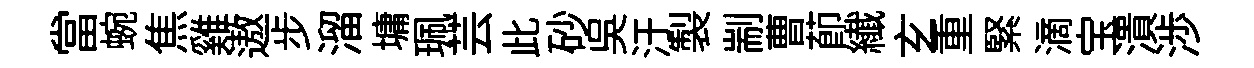
當蜿焦雞遨步溜墉珮芸此砂呉汙製剬曹莭纎𤣥重緊滴宝潰渉